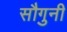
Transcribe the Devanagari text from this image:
सौगुनी